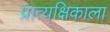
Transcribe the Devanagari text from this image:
प्रात्यक्षिकाला